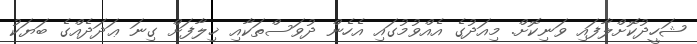
ޝަހީދުކޮށްލާފައި ވަނިކޮށް. މިއަދުގެ އެއްވުމުގައި އެހެން ދުވަސްތަކާއި ޚިލާފަށް ގިނަ ޢަދަދެއްގެ ބަޔަކު